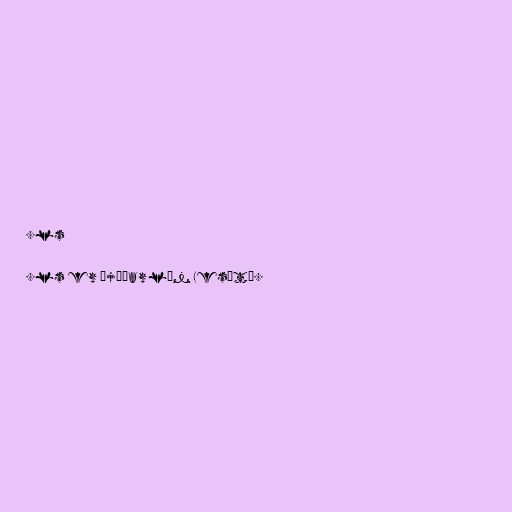
.ls

.ls er þjóðarlén Lesótó.